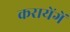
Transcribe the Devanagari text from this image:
करायेंगें